Annual report on the working of the Harcourt Butler Institute of Public Health, Rangoon
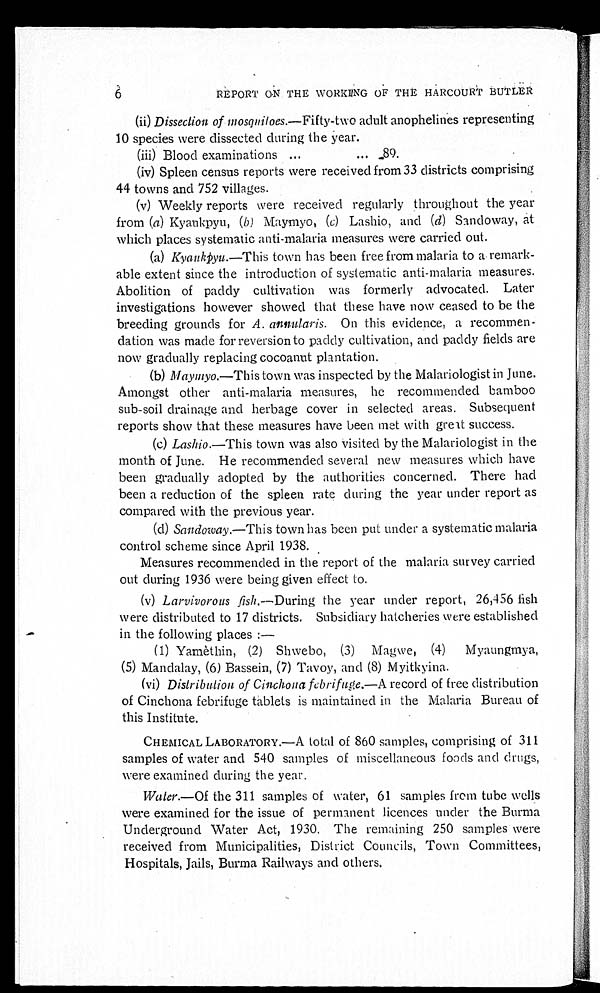
6
REPORT ON THE WORKING OF THE HARCOURT BUTLER
(ii)
Dissection of mosquiloes. —Fifty-two adult anophelines representing
10 species were dissected during the year.
(iii) Blood examinations ...
... 89.
(iv) Spleen census reports were received from 33 districts comprising
44 towns and 752 villages.
(v) Weekly reports were received regularly throughout the year
from (a) Kyaukpyu, ( b ) Maymyo, ( c) Lashio, and ( d) Sandoway, at
which places systematic anti-malaria measures were carried out.
(a) Kyaukpyu.—This town has been free from malaria to a remark
-able extent since the introduction of systematic anti-malaria measures.
Abolition of paddy cultivation was formerly advocated. Later
investigations however showed that these have now ceased to be the
breeding grounds for A. annularis. On this evidence, a recommen
-dation was made for reversion to paddy cultivation, and paddy fields are
now gradually replacing cocoanut plantation.
(b) Maymyo.—This town was inspected by the Malariologist in June.
Amongst other anti-malaria measures, he recommended bamboo
sub-soil drainage and herbage cover in selected areas. Subsequent
reports show that these measures have been met with great success.
(c) Lashio.—This town was also visited by the Malariologist in the
month of June. He recommended several new measures which have
been gradually adopted by the authorities concerned. There had
been a reduction of the spleen rate during the year under report as
compared with the previous year.
(d) Sandoway.—This town has been put under a systematic malaria
control scheme since April 1938.
Measures recommended in the report of the malaria survey carried
out during 1936 were being given effect to.
(v) Larvivorous fish .—During the year under report, 26,456 fish
were distributed to 17 districts. Subsidiary hatcheries were established
in the following places:
—
(1) Yamèthin, (2) Shwebo, (3) Magwe, (4) Myaungmya,
(5) Mandalay, (6) Bassein, (7) Tavoy, and (8) Myitkyina.
(vi) Distribution of Cinchona febrifuge. —A record of free distribution
of Cinchona febrifuge tablets is maintained in the Malaria Bureau of
this Institute.
CHEMICAL LABORATORY.—A total of 860 samples, comprising of 311
samples of water and 540 samples of miscellaneous foods and drugs,
were examined during the year.
Water.—Of the 311 samples of water, 61 samples from tube wells
were examined for the issue of permanent licences under the Burma
Underground Water Act, 1930. The remaining 250 samples were
received from Municipalities, District Councils, Town Committees,
Hospitals, Jails, Burma Railways and others.